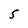
Character: 5